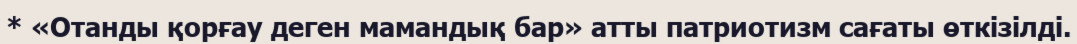
* «Отанды қорғау деген мамандық бар» атты патриотизм сағаты өткізілді.